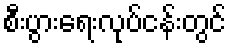
စီးပွားရေးလုပ်ငန်းတွင်